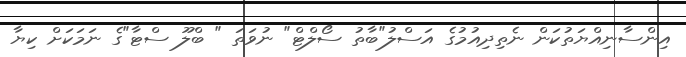
އިންސާނިއްޔަތުކަން ނެތިދިއުމުގެ އަސްލު"ބާތު ސޯލްޓް" ނުވަތަ " ބްލޫ ސްޓާ"ގެ ނަމަކަށް ކިޔާ